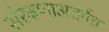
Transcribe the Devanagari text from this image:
संरक्षणाअतंर्गत